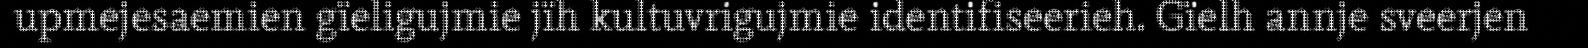
upmejesaemien gïeligujmie jïh kultuvrigujmie identifiseerieh. Gïelh annje sveerjen